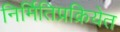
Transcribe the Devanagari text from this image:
निर्मितिप्रक्रियेत